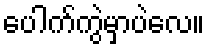
ပေါက်ကွဲမှာပဲလေ။